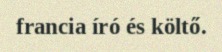
francia író és költő.